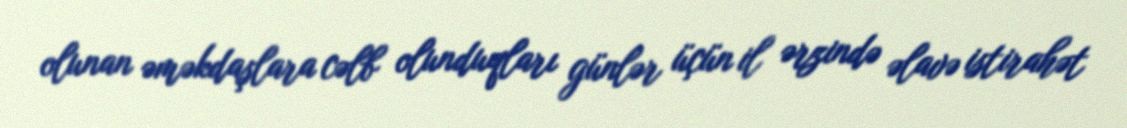
olunan əməkdaşlara cəlb olunduqları günlər üçün il ərzində əlavə istirahət